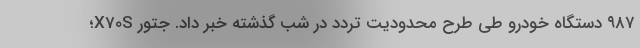
٩٨٧ دستگاه خودرو طی طرح محدودیت تردد در شب گذشته خبر داد. جتور X70S؛